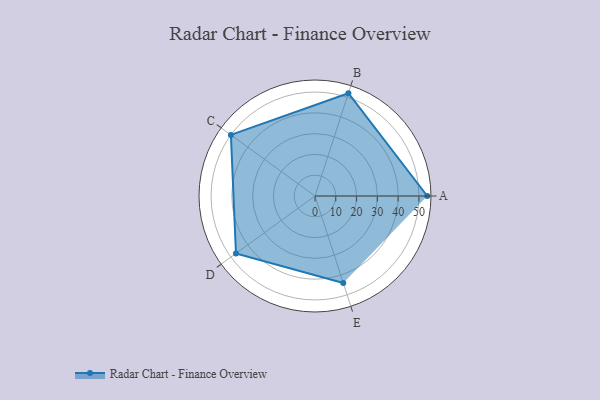
{"axis": {"x": "Skill", "y": "Score"}, "legend": ["Profile"], "data": [{"x": "A", "y": 54.0, "type": "Profile"}, {"x": "B", "y": 52.0, "type": "Profile"}, {"x": "C", "y": 50.0, "type": "Profile"}, {"x": "D", "y": 47.0, "type": "Profile"}, {"x": "E", "y": 44.0, "type": "Profile"}]}